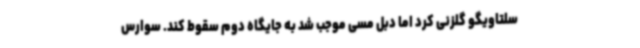
سلتاویگو گلزنی کرد اما دبل مسی موجب شد به جایگاه دوم سقوط کند. سوارس